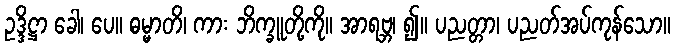
ဥဒ္ဒိဋ္ဌာ ခေါ၊ ပေ။ ဓမ္မာတိ၊ ကား ဘိက္ခူတို့ကို။ အာရဗ္ဘ၊ ၍။ ပညတ္တာ၊ ပညတ်အပ်ကုန်သော။